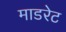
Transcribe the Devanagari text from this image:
माडरेट